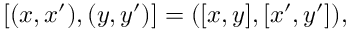
[ ( x , x ^ { \prime } ) , ( y , y ^ { \prime } ) ] = ( [ x , y ] , [ x ^ { \prime } , y ^ { \prime } ] ) ,